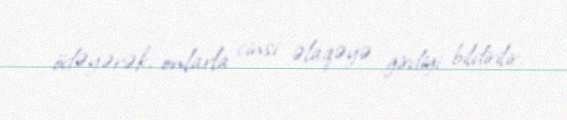
ödəyərək, onlarla cinsi əlaqəyə girdiyi bildirilir.